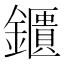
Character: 鑎